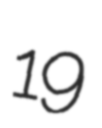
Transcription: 19